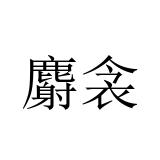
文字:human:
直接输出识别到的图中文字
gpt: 麝衾